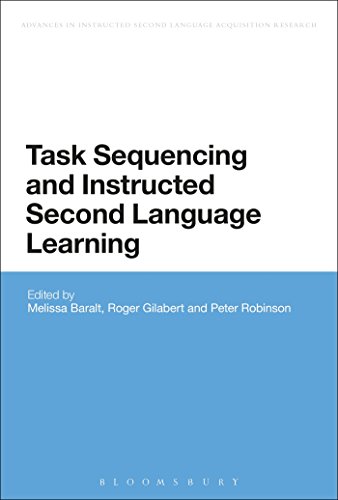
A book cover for Task Sequencing and Instructed Second Language Learning (Advances in Instructed Second Language Acquisition Research); Politics & Social Sciences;